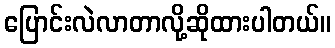
ပြောင်းလဲလာတာလို့ဆိုထားပါတယ်။